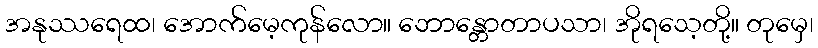
အနုဿရေထ၊ အောက်မေ့ကုန်လော။ ဘောန္တောတာပသာ၊ အိုရသေ့တို့။ တုမှေ၊